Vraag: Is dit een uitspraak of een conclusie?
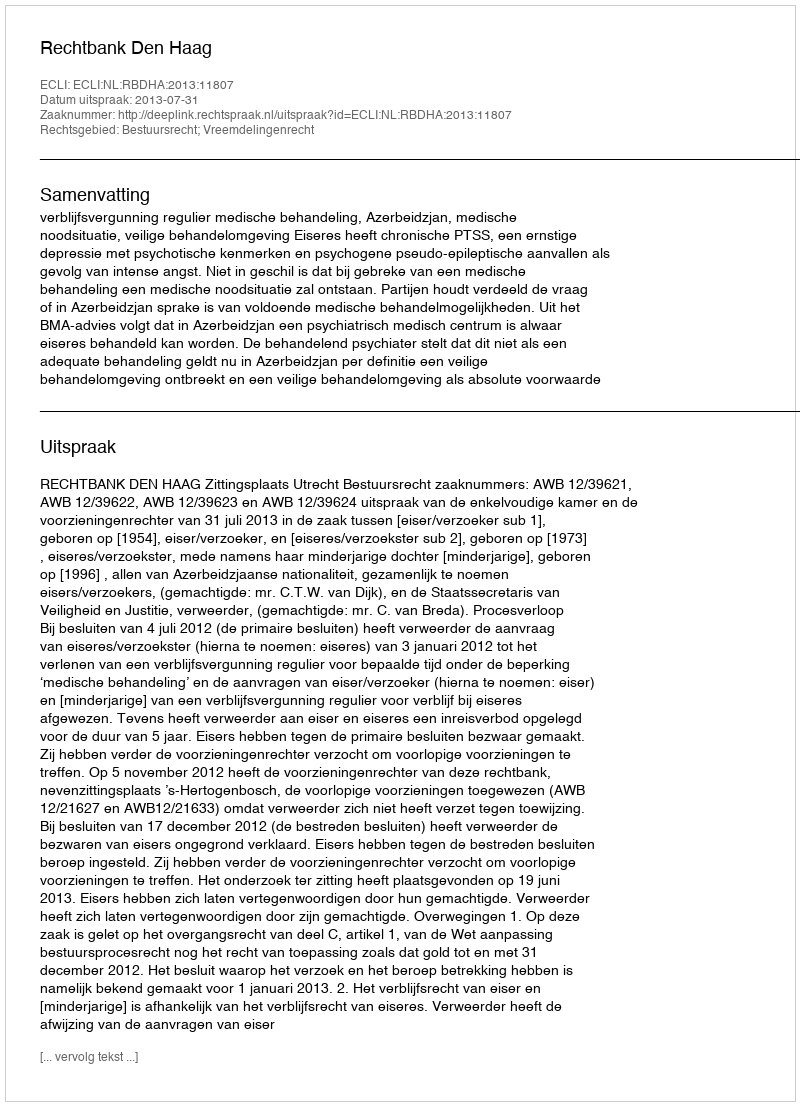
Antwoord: Uitspraak